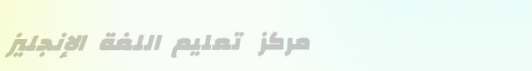
مركز تعليم اللغة الإنجليز